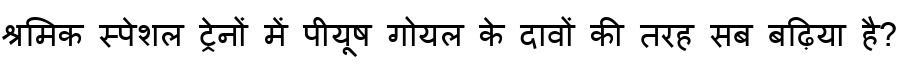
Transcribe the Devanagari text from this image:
श्रमिक स्पेशल ट्रेनों में पीयूष गोयल के दावों की तरह सब बढ़िया है?